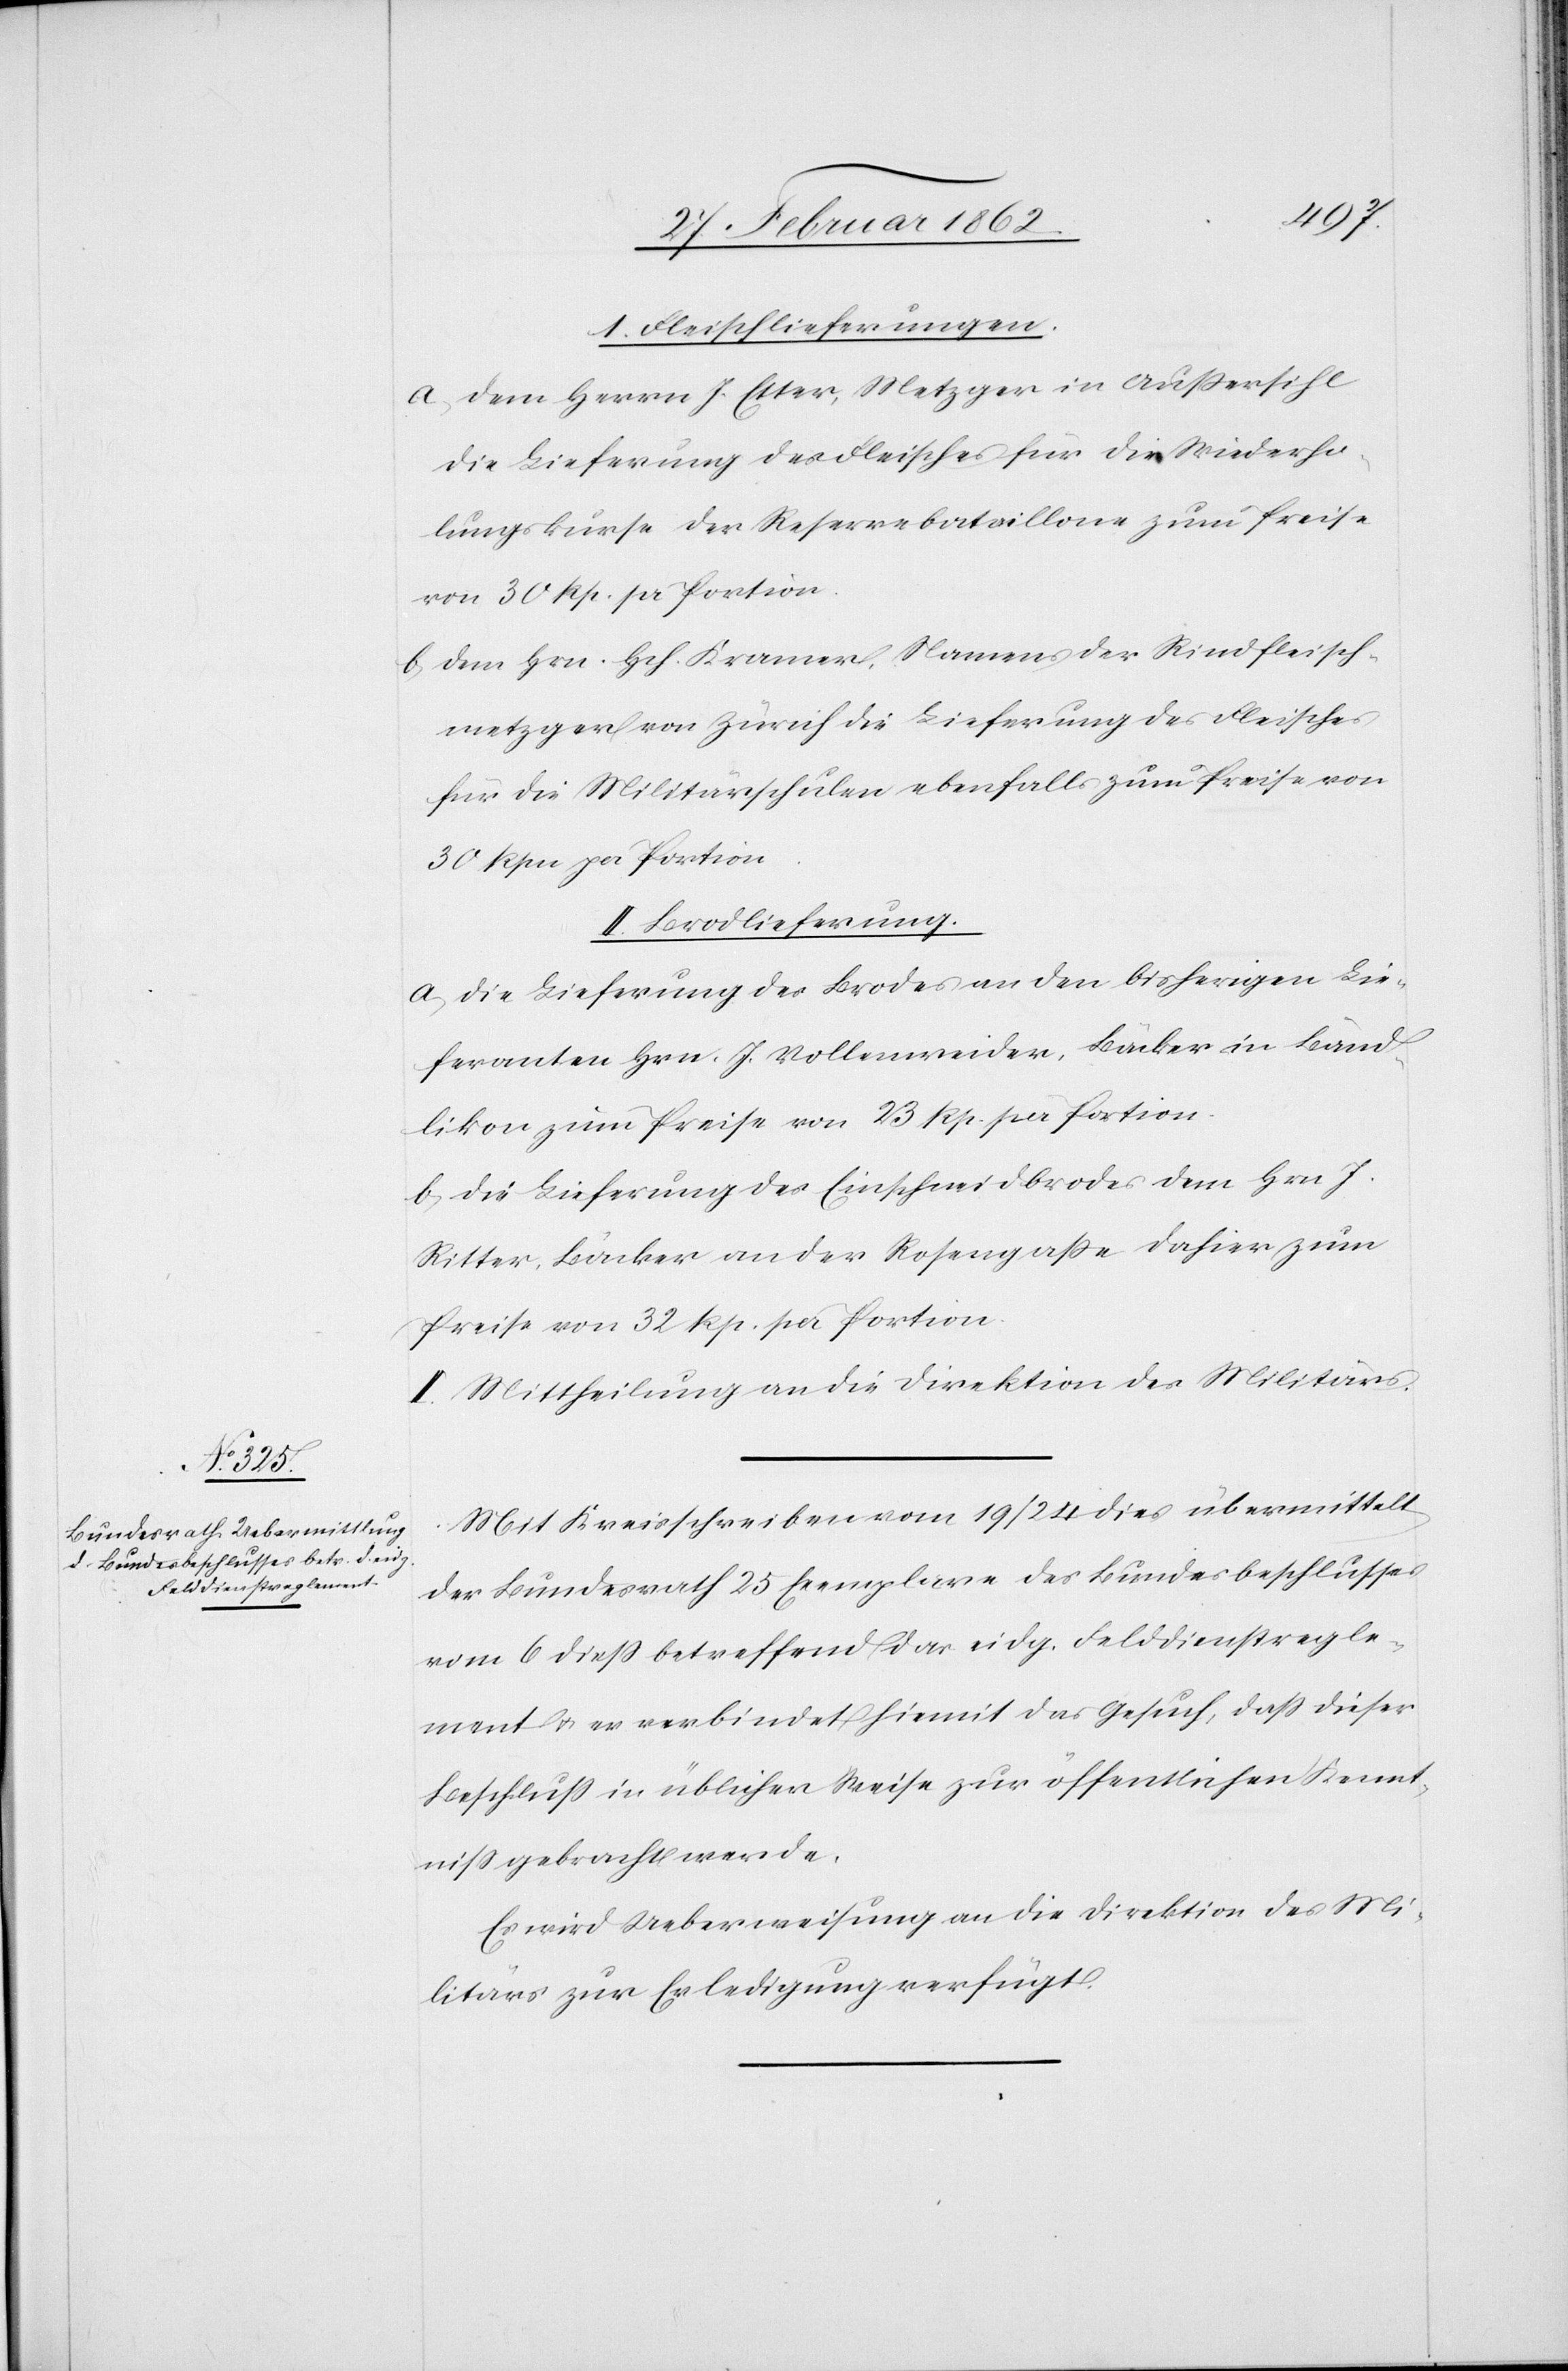
1. Fleischlieferungen.
a) Dem Herrn J. Etter, Metzger in Außersihl
die Lieferung des Fleisches für die Wiederho¬
lungskurse der Reservebataillone zum Preise
von 30 Rp. pr Portion.
b) dem Hrn. Hch. Kramer, Namens der Rindfleisch¬
metzger von Zürich die Lieferung des Fleisches
für die Militärschulen ebenfalls zum Preise von
30 Rpn per Portion.
II. Brodlieferung.
a) die Lieferung des Brodes an den bisherigen Lie¬
feranten Hrn. J. Vollenweider, Bäcker in Bänd¬
likon zum Preise von 23. Rp. per Portion.
b) die Lieferung des Einschneidbrodes dem Hrn J.
Ritter, Bäcker an der Rosengaße dahier zum
Preise von 32 Rp. per Portion.
II. Mittheilung an die Direktion des Militärs.
Mit Kreisschreiben vom 19/24 dies übermittelt
der Bundesrath 25 Exemplare des Bundesbeschlusses
vom 6 dieß betreffend das eidg. Felddienstregle¬
ment u. er verbindet hiemit das Gesuch, daß dieser
Beschluß in üblicher Weise zur öffentlichen Kennt¬
niß gebracht werde.
Es wird Ueberweisung an die Direktion des Mi¬
litärs zur Erledigung verfügt.